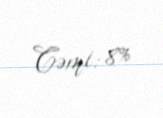
Cəmi: 8%